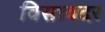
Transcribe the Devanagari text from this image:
विसावदर